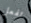
تفعل